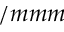
/ m m m